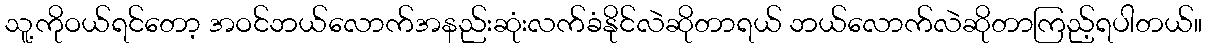
သူ့ကိုဝယ်ရင်တော့ အဝင်ဘယ်လောက်အနည်းဆုံးလက်ခံနိုင်လဲဆိုတာရယ် ဘယ်လောက်လဲဆိုတာကြည့်ရပါတယ်။